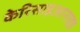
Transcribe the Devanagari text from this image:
केरिसाइआनाइड